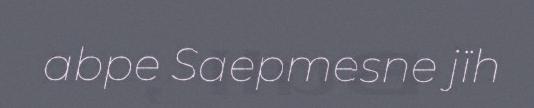
abpe Saepmesne jïh